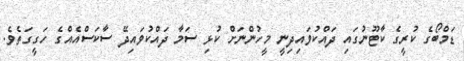
ޑަމްބޯގެ ކުރީގެ ކާޓޫނުގައި ދައްކުވައިދިނީ މީހުންނަށް ކުޅި ސަމާ ދައްކުވައިދޭ ސާކަސްއެއްގެ ހަގީގަތެވެ.